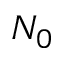
N _ { 0 }